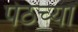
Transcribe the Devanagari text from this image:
पेठच्या